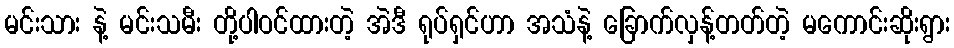
မင်းသား နဲ့ မင်းသမီး တို့ပါဝင်ထားတဲ့ အဲဒီ ရုပ်ရှင်ဟာ အသံနဲ့ ခြောက်လှန့်တတ်တဲ့ မကောင်းဆိုးရွား